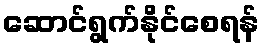
ဆောင်ရွက်နိုင်စေရန်